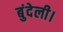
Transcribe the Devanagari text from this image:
बुंदेली।